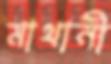
মাথানী